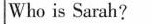
Who is Sarah?